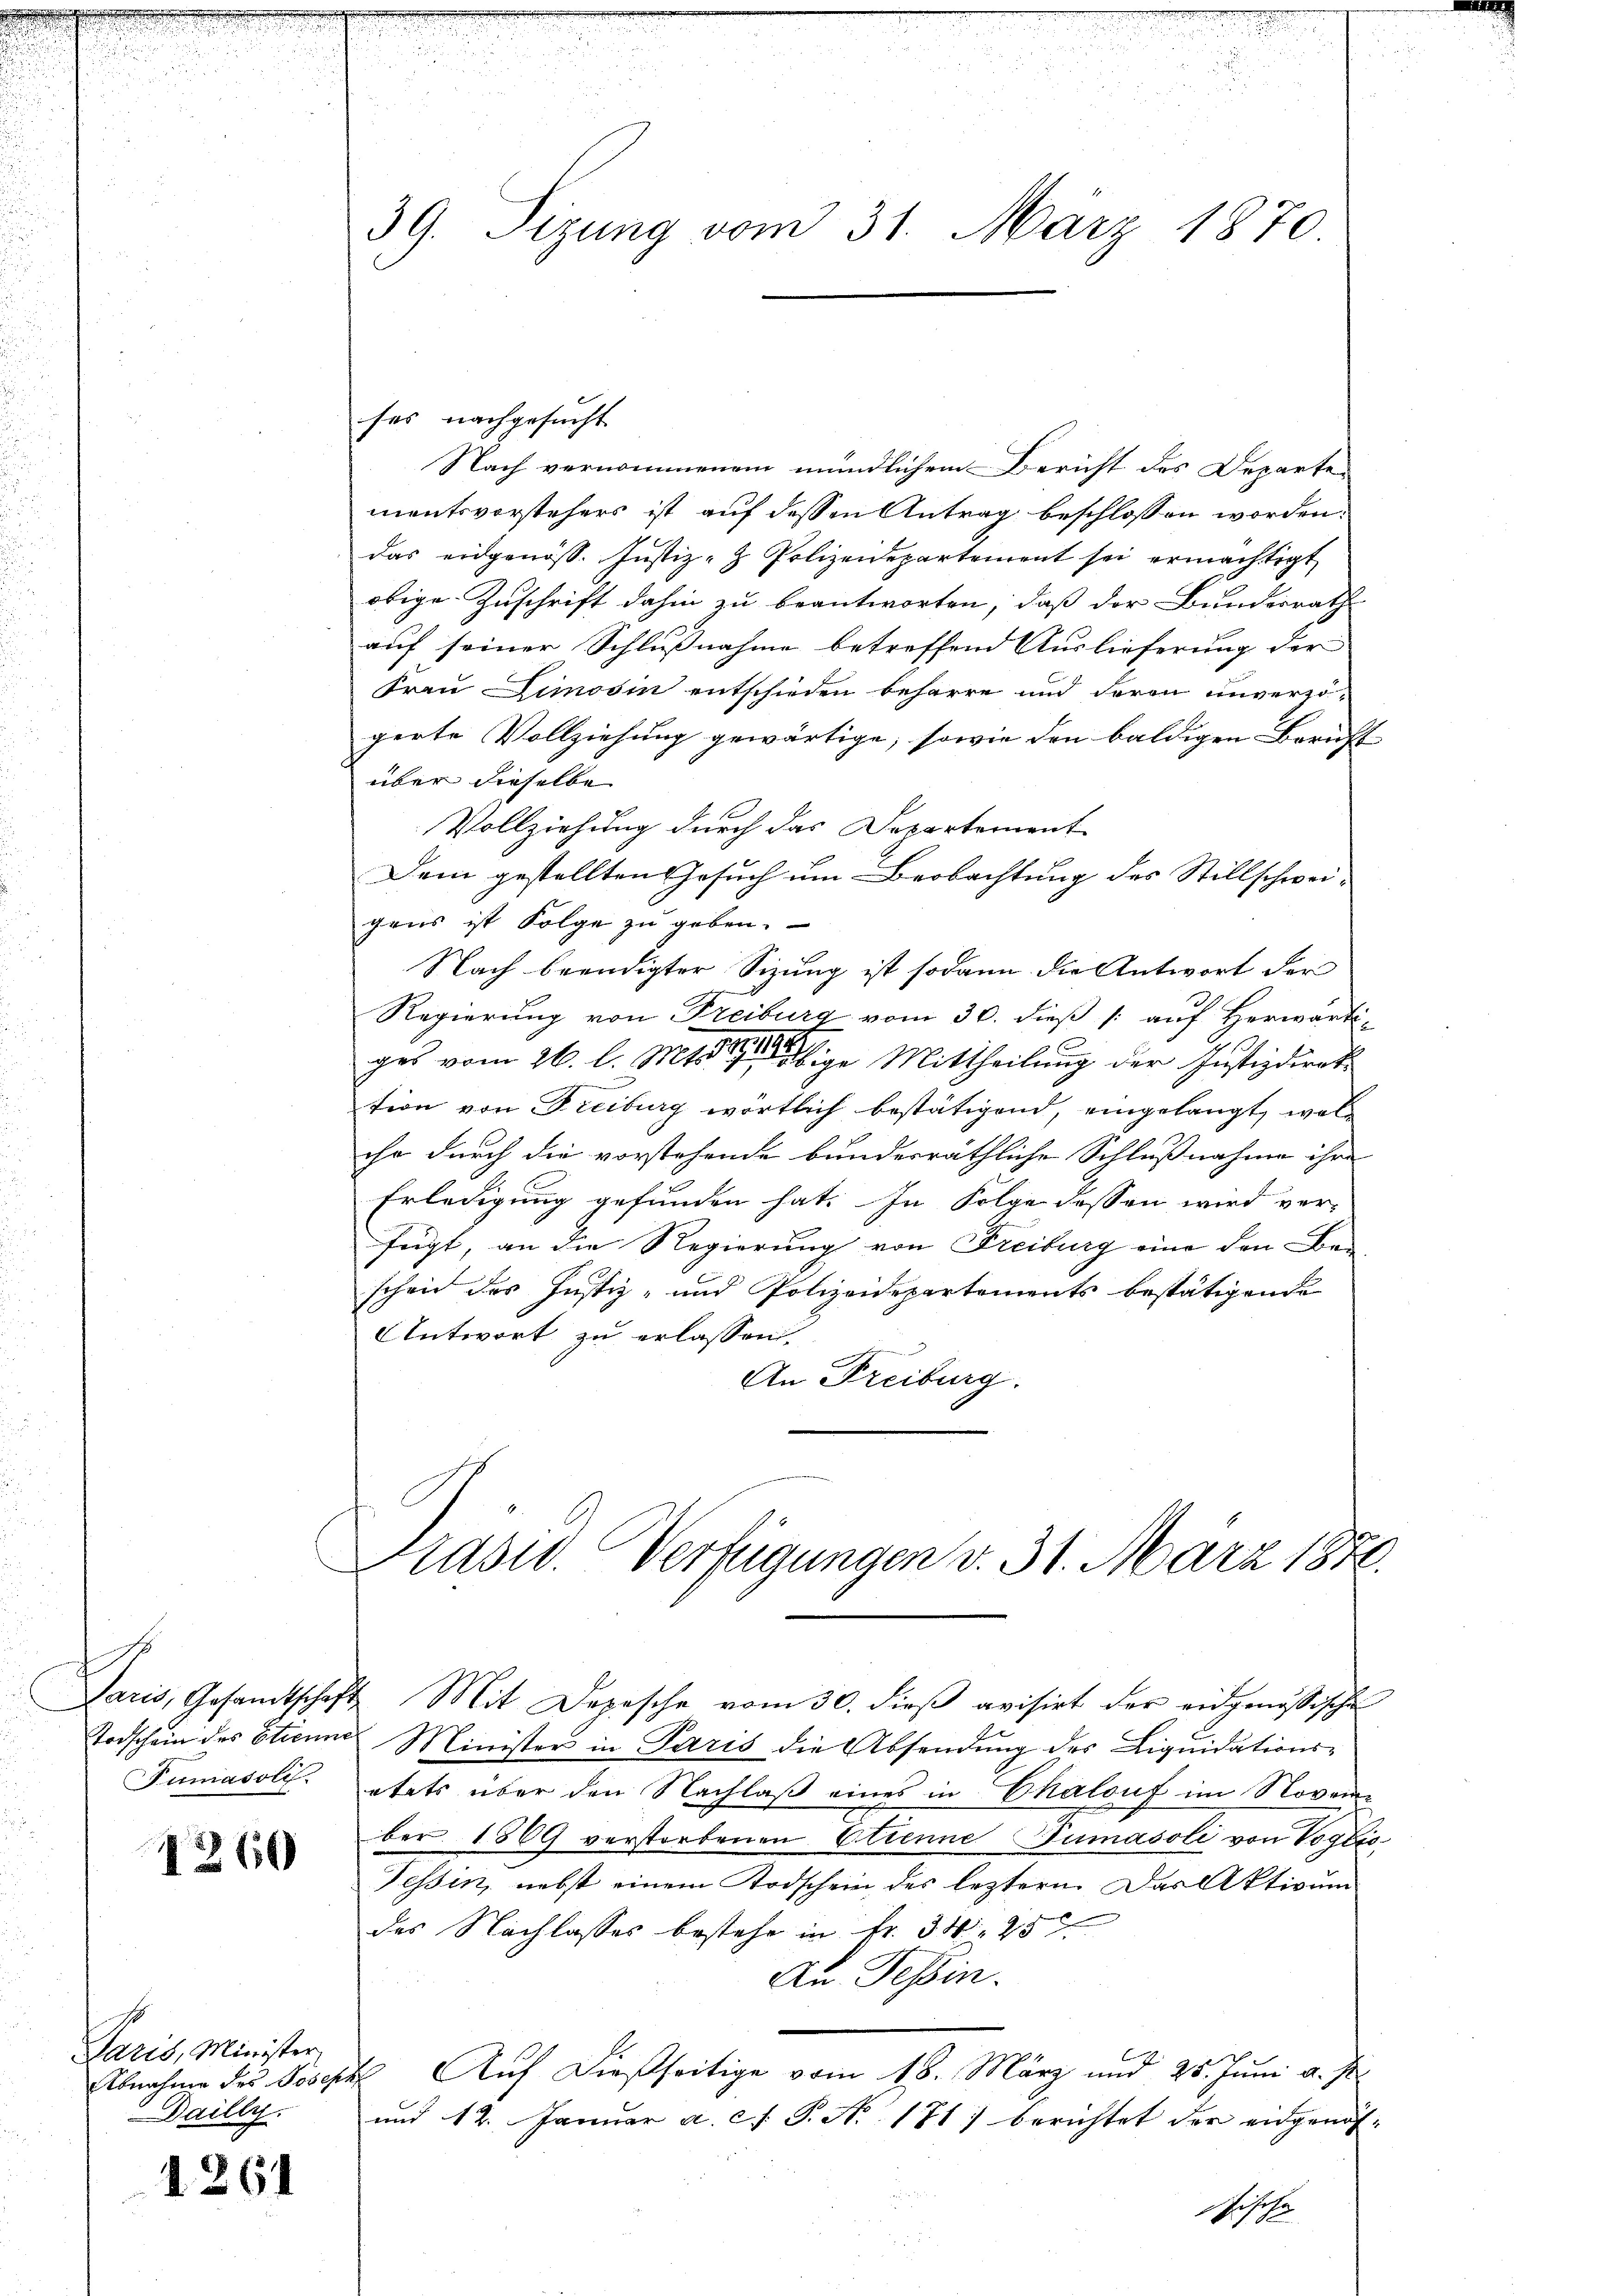
Tumasoli

1266

Paris, Minister,
Abnahme des Joseph
Dailly.

26

39. Sizung vom 31. März 1870.

ses nachgesucht
Nach vernommenem mündlichem Bericht des Departe
mentsvorstehers ist auf dessen Antrag beschlossen worden:
das eidgenöss. Justiz- & Polizeidepartement sei ermächtigt
obige Zuschrift dahin zu beantworten, daß der Bundesrath
auf seiner Schlußnahme betreffend Auslieferung der
trau Dimosin entschieden beharre und deren unverzö-
gerte Vollziehung gewärtige, sowie den baldigen Bericht
über dieselbe
Vollziehung durch das Departement
Dem gestellten Gesuch um Beobachtung des Stillschwei-
gens ist Folge zu geben.
Nach beendigter Sizung ist sodann die Antwort der
Regierung von Freiburg vom 30. dieß (: auf Herwärti-
ges vom 26. l. Mts. einige Mittheilung der Justizdirek
tion von Freiburg wörtlich bestätigend, eingelangt, wolihr durch die vorstehende bunderräthliche Schlußnahme ihre
Erledigung gefunden hat. In Folge dessen wird verfügt, an die Regierung von Freiburg eine den Bescheid des Justiz- und Polizeidepartements bestätigende
Antwort zu erlassen.
An Freiburg.
Präsid. Verfügungen v. 31. März 1876.
Paris, Gesamtschaft Mit Depesche vom 30. dieβ avisirt der eidgenössische
Todschein des Strenne Minister in Paris die Absendung des Liquidations-
etats über den Nachlaß eines in Chalouf im November 1869 verstorbenen Etienne Numasoli von Vogbis¬
Tessin, nebst einem Todschein des letztern. Das Aktione
des Nachlasses bestehe in Fr. 34. 457.
An Tessin.
Auf dießseitige vom 18. März und 28. Juni a. p.
und 12. Januar a. c. P. N. 171) berichtet der eidgenös-

chche